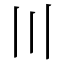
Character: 〣